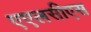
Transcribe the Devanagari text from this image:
एएलसीएस